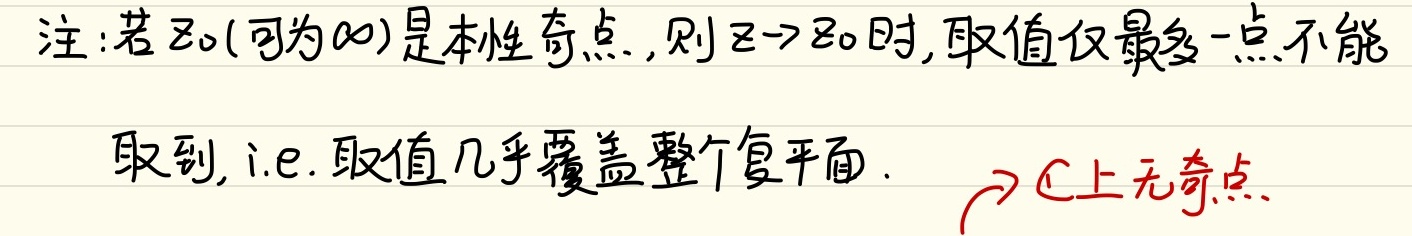
注：若\(z_{0}\)（可为\(\infty\)）是本性奇点，则\(z \to z_{0}\)时，取值仅最多一点不能取到，即取值几乎覆盖整个复平面。\(\Rightarrow \mathbb{C}\)上无奇点。